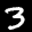
Label: 3